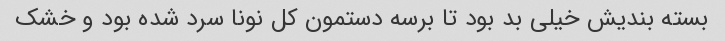
بسته بندیش خیلی بد بود تا برسه دستمون کل نونا سرد شده بود و خشک